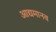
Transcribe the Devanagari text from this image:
आद्यमानव